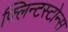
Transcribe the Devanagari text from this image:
फ्लिन्टस्टोन्स